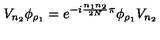
V _ { n _ { 2 } } \phi _ { \rho _ { 1 } } = e ^ { - i \frac { n _ { 1 } n _ { 2 } } { 2 N } \pi } \phi _ { \rho _ { 1 } } V _ { n _ { 2 } }